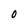
Character: O